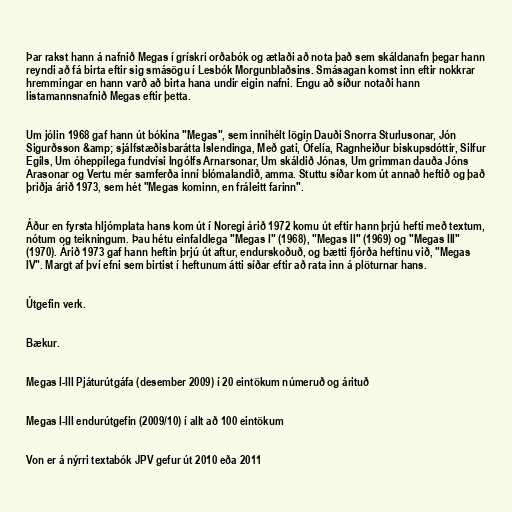
Þar rakst hann á nafnið Megas í grískri orðabók og ætlaði að nota það sem skáldanafn þegar hann
reyndi að fá birta eftir sig smásögu í Lesbók Morgunblaðsins. Smásagan komst inn eftir nokkrar
hremmingar en hann varð að birta hana undir eigin nafni. Engu að síður notaði hann
listamannsnafnið Megas eftir þetta.

Um jólin 1968 gaf hann út bókina "Megas", sem innihélt lögin Dauði Snorra Sturlusonar, Jón
Sigurðsson &amp; sjálfstæðisbarátta Íslendinga, Með gati, Ófelía, Ragnheiður biskupsdóttir, Silfur
Egils, Um óheppilega fundvísi Ingólfs Arnarsonar, Um skáldið Jónas, Um grimman dauða Jóns
Arasonar og Vertu mér samferða inní blómalandið, amma. Stuttu síðar kom út annað heftið og það
þriðja árið 1973, sem hét "Megas kominn, en fráleitt farinn".

Áður en fyrsta hljómplata hans kom út í Noregi árið 1972 komu út eftir hann þrjú hefti með textum,
nótum og teikningum. Þau hétu einfaldlega "Megas I" (1968), "Megas II" (1969) og "Megas III"
(1970). Árið 1973 gaf hann heftin þrjú út aftur, endurskoðuð, og bætti fjórða heftinu við, "Megas
IV". Margt af því efni sem birtist í heftunum átti síðar eftir að rata inn á plöturnar hans.

Útgefin verk.

Bækur.

Megas I-III Pjáturútgáfa (desember 2009) í 20 eintökum númeruð og árituð

Megas I-III endurútgefin (2009/10) í allt að 100 eintökum

Von er á nýrri textabók JPV gefur út 2010 eða 2011